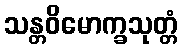
သန္တဝိမောက္ခသုတ္တံ